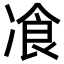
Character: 飡